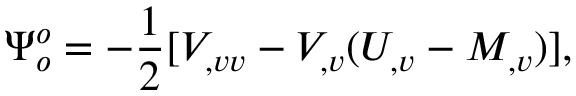
\Psi _ { o } ^ { o } = - { \frac { 1 } { 2 } } [ V _ { , v v } - V _ { , v } ( U _ { , v } - M _ { , v } ) ] ,